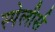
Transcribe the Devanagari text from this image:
स्पेलीर्स